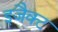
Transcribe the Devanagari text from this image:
इजैक्ट